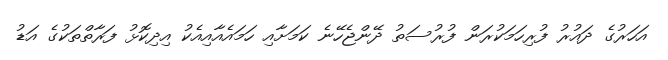
އަހަރުގެ ދައުރު ފުރިހަމަކުރަން ފުރުސަތު ދޭންޖެހޭނެ ކަމަށާއި ހަމައެއާއިއެކު އިދިކޮޅު ފަރާތްތަކުގެ އަޑު